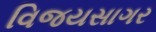
વિજયસાગર